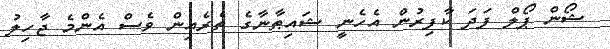
ޝޯން ޕޯލް ފަދަ ކާފިރުން އެހެނީ ޝައިޠާނާގެ ތެރެއިން ވެސް އެންމެ ޖާހިލު